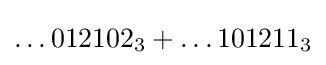
\ldots 012102_{3}+\ldots 101211_{3}